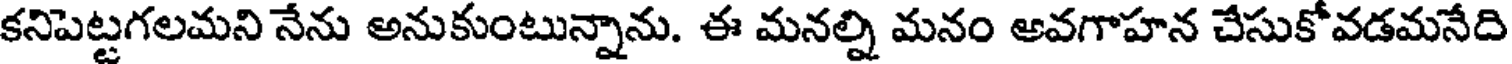
కనిపెట్టగలమని నేను అనుకుంటున్నాను. ఈ మనల్ని మనం అవగాహన చేసుకోవడమనేది